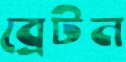
ব্রেটন